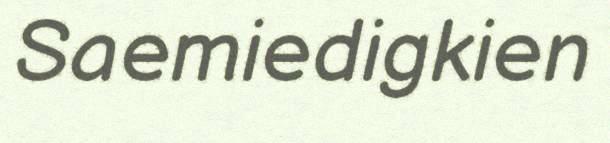
Saemiedigkien